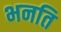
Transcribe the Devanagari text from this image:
भनति